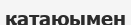
қатаюымен